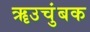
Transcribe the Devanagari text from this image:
ॠउचुंबक